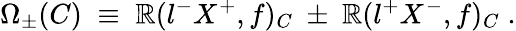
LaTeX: \Omega_{\pm}(C)\; \equiv\; \mathbb{R}(l^{-}X^{+},f)_{C}~\pm~\mathbb{R}(l^{+}X^{-},f)_{C}\; .